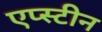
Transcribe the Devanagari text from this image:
एप्स्टीन